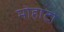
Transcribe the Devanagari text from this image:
मोहाटो